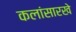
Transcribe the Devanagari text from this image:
कलांसारखे